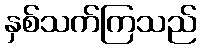
နှစ်သက်ကြသည်